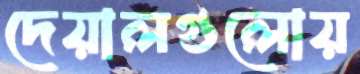
দেয়ালগুলোয়